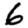
Digit: 6